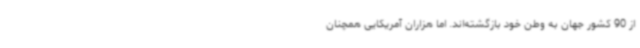
از 90 کشور جهان به وطن خود بازگشته‌اند. اما هزاران آمریکایی همچنان